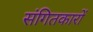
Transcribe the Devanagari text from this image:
संगितकारों